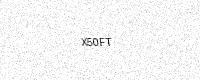
Text: X50FT